Document type: Sale
Year: 1235
Scribe: Pere de Bages
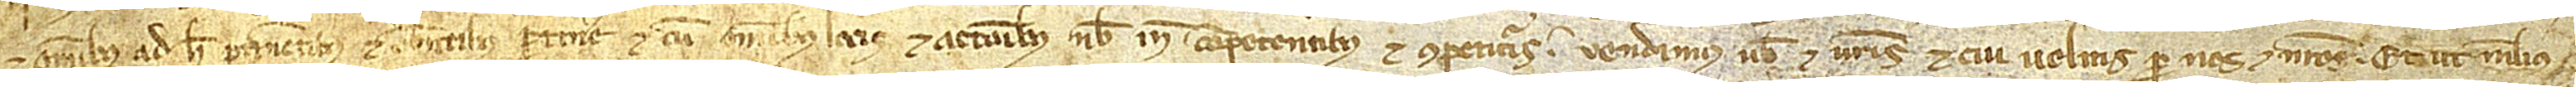
et omnibus ad hec pertinentibus et debentibus pertinere, et cum omnibus locis et accionibus nobis inde competentibus et competituris, vendimus vobis et vestris et cui volueritis per nos et nostros, et ut melius